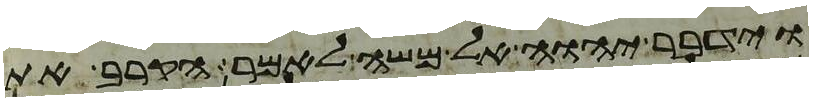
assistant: וידבר יהוה אל משה לאמר הקרב את